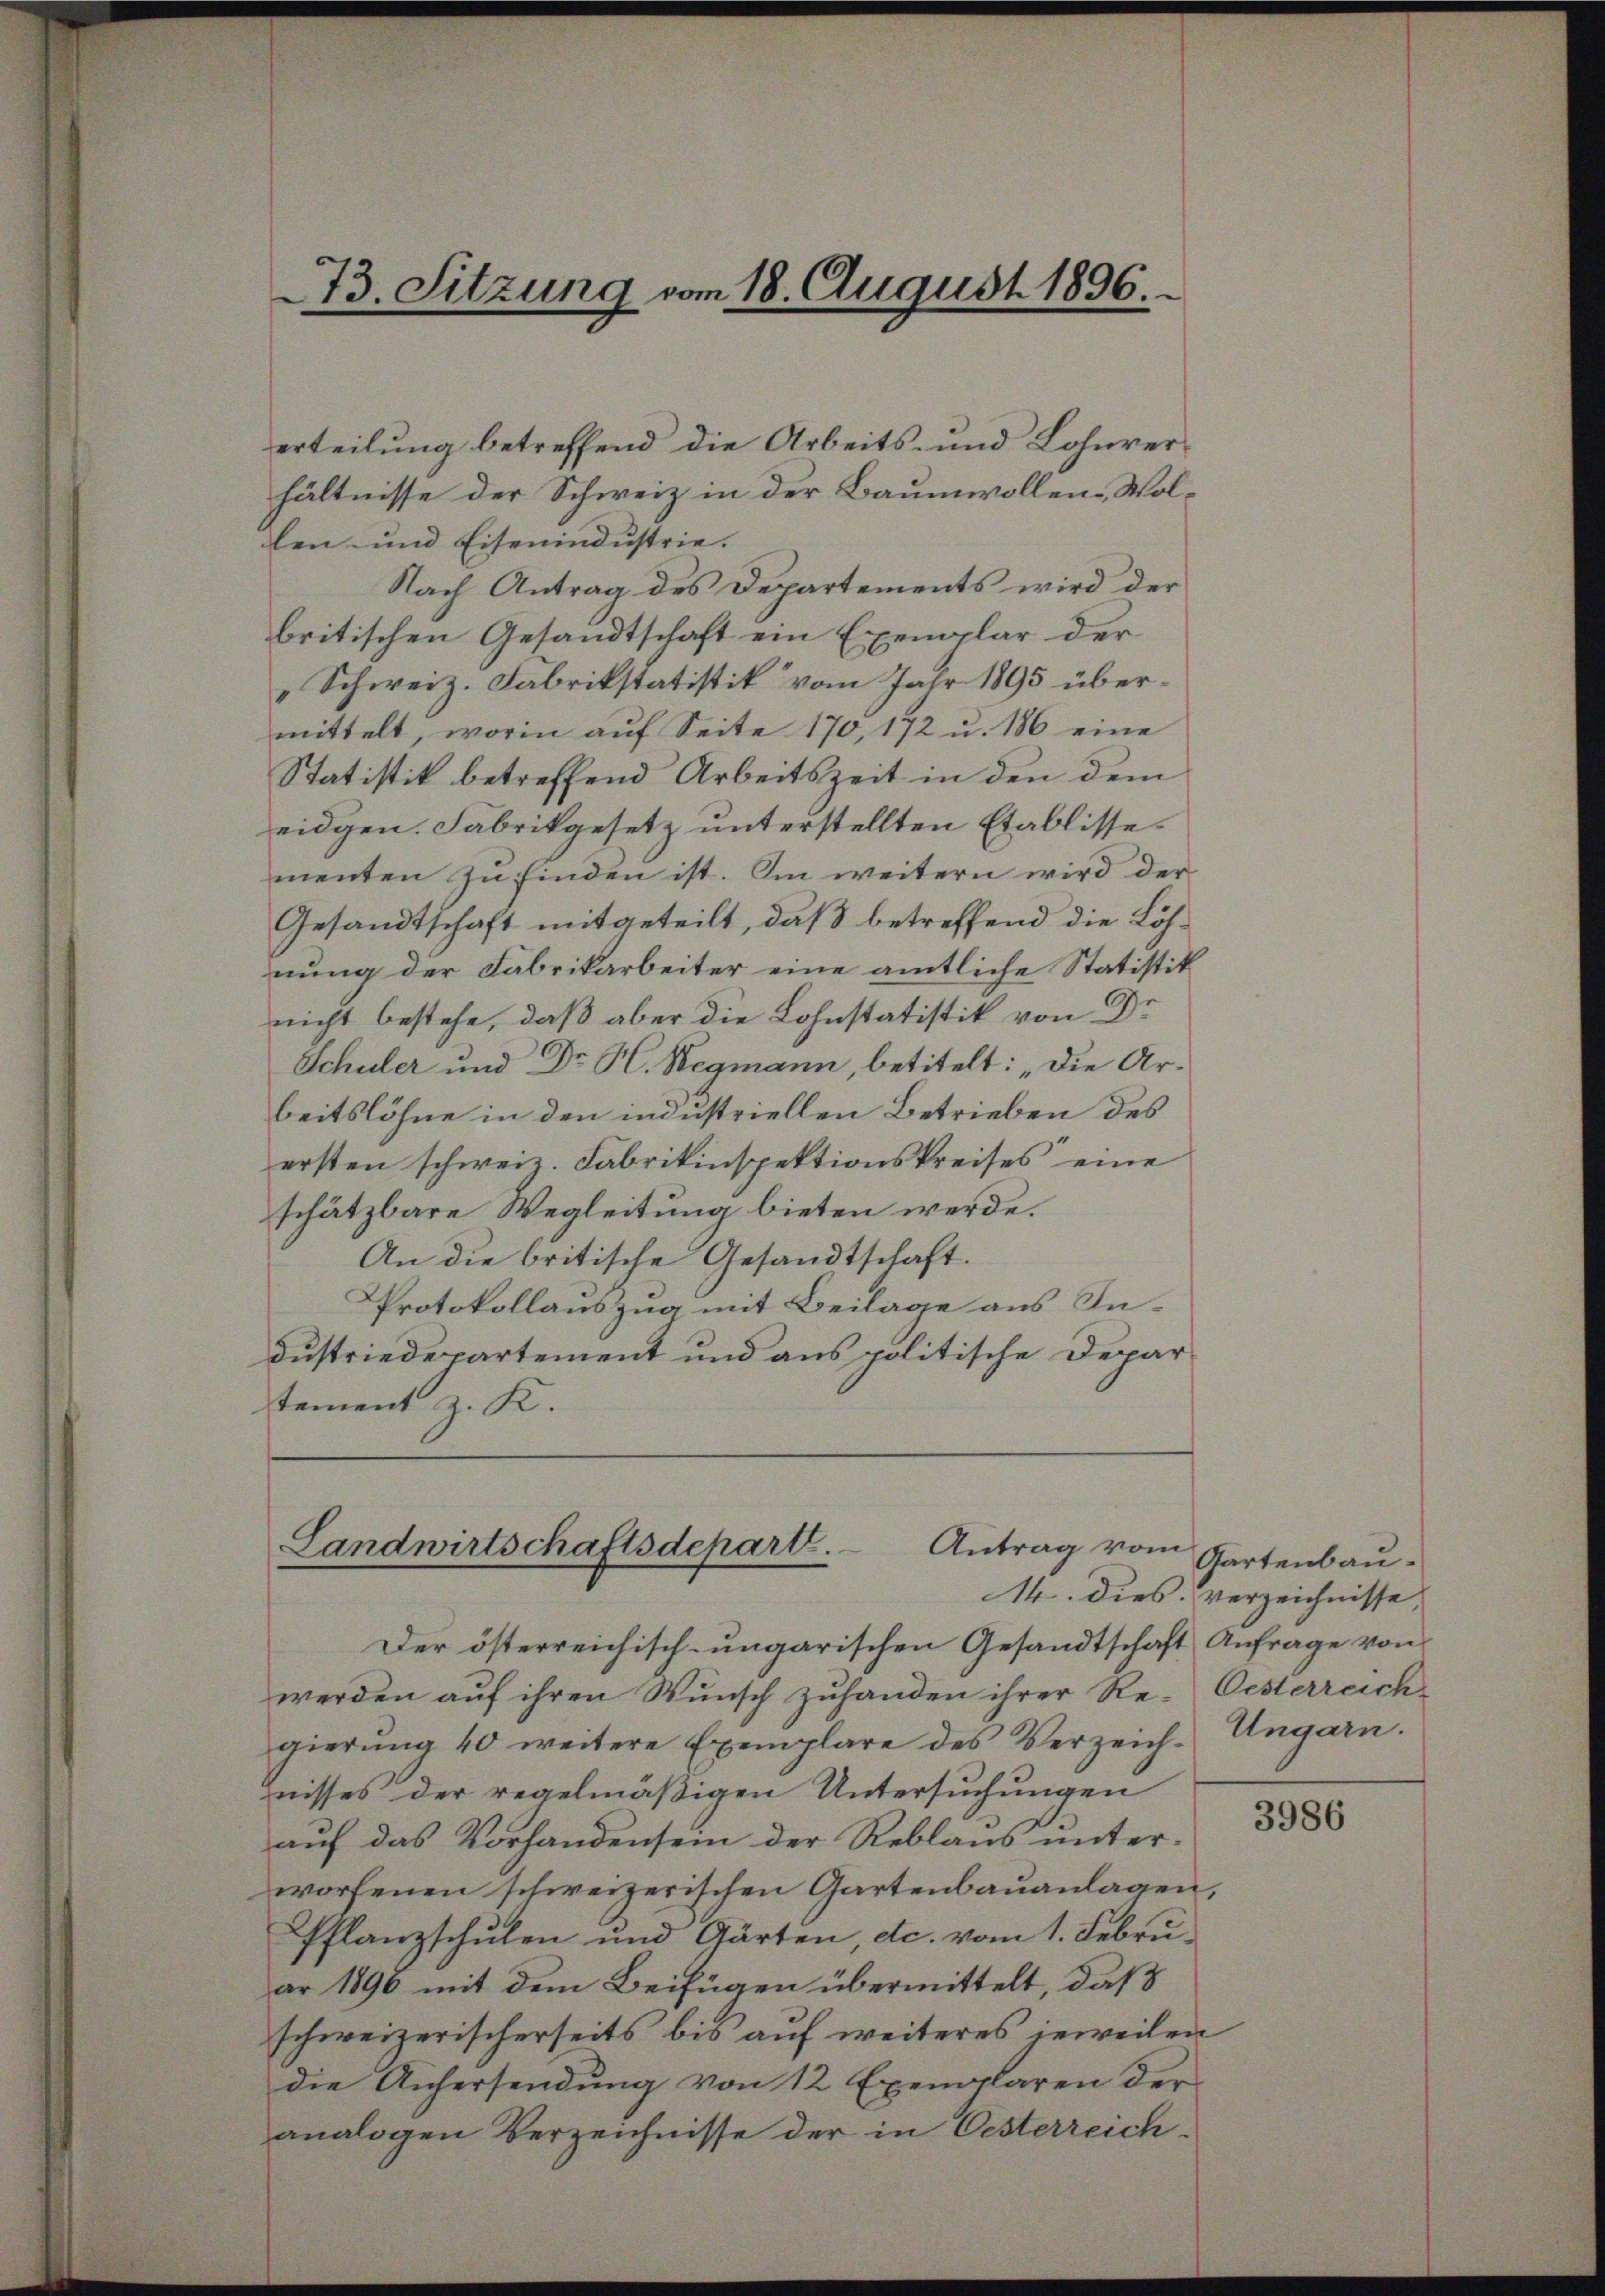
erteilung betreffend die Arbeits- und Lohnverhältnisse der Schweiz in der Baumwollen- Wollen und Eisenindustrie. |
Nach Antrag des Departements wird der
britischen Gesandtschaft ein Exemplar der
„Schweiz. Fabrikstatistik“ vom Jahr 1895 übermittelt, worin aŭf Seite 170, 172 u. 186 eine
Statistik betreffend Arbeitszeit in den dem
eidgen. Fabrikgesetz unterstellten Etablisse
menten zu finden ist. Im weitern wird der
Gesandtschaft mitgeteilt, daß betreffend die Löhnung der Fabrikarbeiter eine amtliche Statistik
nicht bestehe, daß aber die Lohnstatistik von Dr
Schuler und Dr. H. Regmann, betitelt: „Die Arbeitslöhne in den industriellen Betrieben des
ersten schweiz. Fabrikinspektionskreises eine
schätzbare Wegleitung bieten werde.
An die britische Gesandtschaft.
Protokollauszug mit Beilage aus Industriedepartement und aus politische Departement z. K.

73. Sitzung vom 18. August 1896.

Antrag vom
Landwirtschaftsdepart.

Der österreichisch-ungarischen Gesandtschaft Anfrage von
werden auf ihren Wunsch zuhanden ihrer Re-Oesterreich
gierŭng 40 weitere Exemplare des Verzeichnisses der regelmäßigen Untersuchungen
auf das Vorhandensein der Reblaus unter-
worfenen schweizerischen Gartenbauanlagen,
Pflanzschŭlen und Gärten, etc. vom 1. Februar 1890 mit dem Beifügen übermittelt, daß
schweizerischerseits bis auf weiteres jeweilen
die Anhersendung von 12 Exemplaren der
analogen Verzeichnisse der in Oesterreich¬

Gartenbau.
14. dies. verzeichnisse
Ungarn.

3986